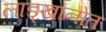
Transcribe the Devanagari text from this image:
लाड्खानोत